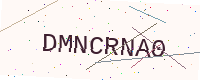
Text: DMNCRNA0